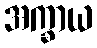
အက္ခာယ